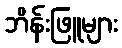
ဘိန်းဖြူများ